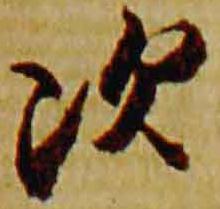
次